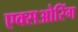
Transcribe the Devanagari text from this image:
एक्सओरिंग